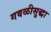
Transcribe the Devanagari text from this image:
गवळीसुद्धा